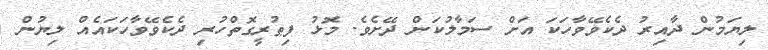
ލިޔަމުން ދާއިރު ދެކެވޭވާހަކަ އަށް ސަމާލުކަން ދޭށެވެ. މޮޅު ފިޠުރީގޮތްހުރި ދެކެވޭވާހަކައެއް ލިޔުން